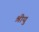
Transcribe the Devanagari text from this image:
श्रीयु